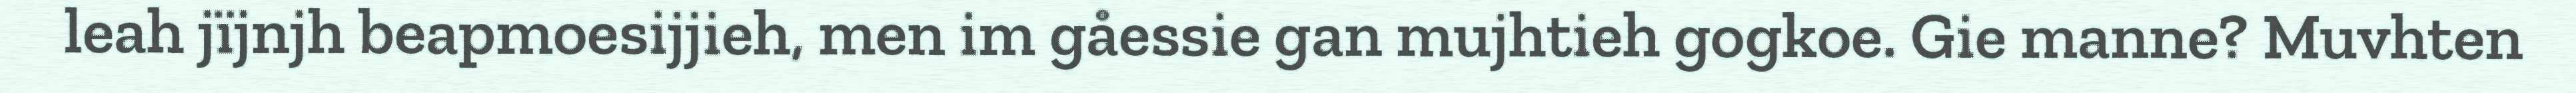
leah jïjnjh beapmoesijjieh, men im gåessie gan mujhtieh gogkoe. Gie manne? Muvhten